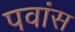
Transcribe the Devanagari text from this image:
पवांस